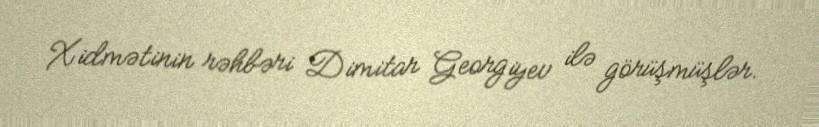
Xidmətinin rəhbəri Dimitar Georgiyev ilə görüşmüşlər.